画像に写った文字を読んでください
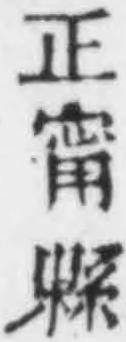
「正甯縣」と書いてあります